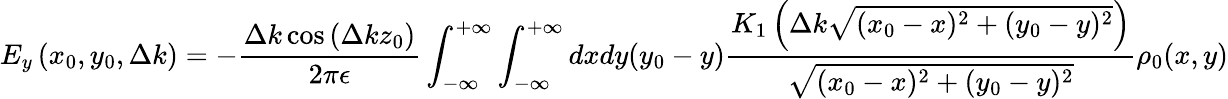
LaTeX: E_{y}\left(x_{0},y_{0},\Delta k\right)=-\frac{\Delta k\cos\left(\Delta kz_{0}\right)}{2\pi\epsilon}\int_{-\infty}^{+\infty}\int_{-\infty}^{+\infty}dxdy(y_{0}-y)\frac{K_{1}\left(\Delta k\sqrt{(x_{0}-x)^{2}+(y_{0}-y)^{2}}\right)}{\sqrt{(x_{0}-x)^{2}+(y_{0}-y)^{2}}}\rho_{0}(x,y)